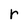
Character: r